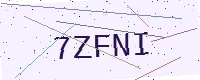
Text: 7ZFNI